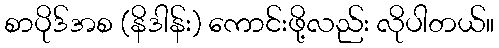
စာပိုဒ်အစ (နိဒါန်း) ကောင်းဖို့လည်း လိုပါတယ်။